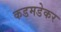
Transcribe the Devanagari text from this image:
कडमडेकर